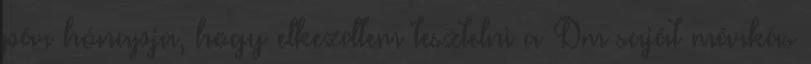
pár hónapja, hogy elkezdtem tesztelni a Dm saját márkás